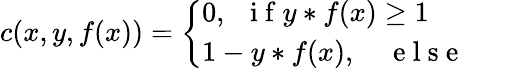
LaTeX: c(x,y,f(x))=\left\{ \begin{array}{ll}{0,~~\mathrm{~i~f~}y*f(x)\geq 1}&{}\\ {1-y*f(x),\quad\mathrm{~e~l~s~e~}}\end{array}\quad\right.